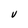
Character: V